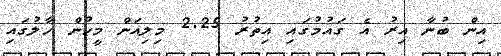
އިން ބުނާ އިރު އެ ގައުމުގައި އިތުރު 2.25 މިލިއަން މީހުން ހާލުގައި